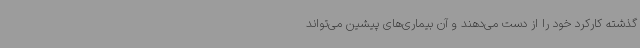
گذشته کارکرد خود را از دست می‌دهند و آن بیماری‌‌‌های پیشین می‌تواند